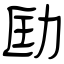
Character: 劻